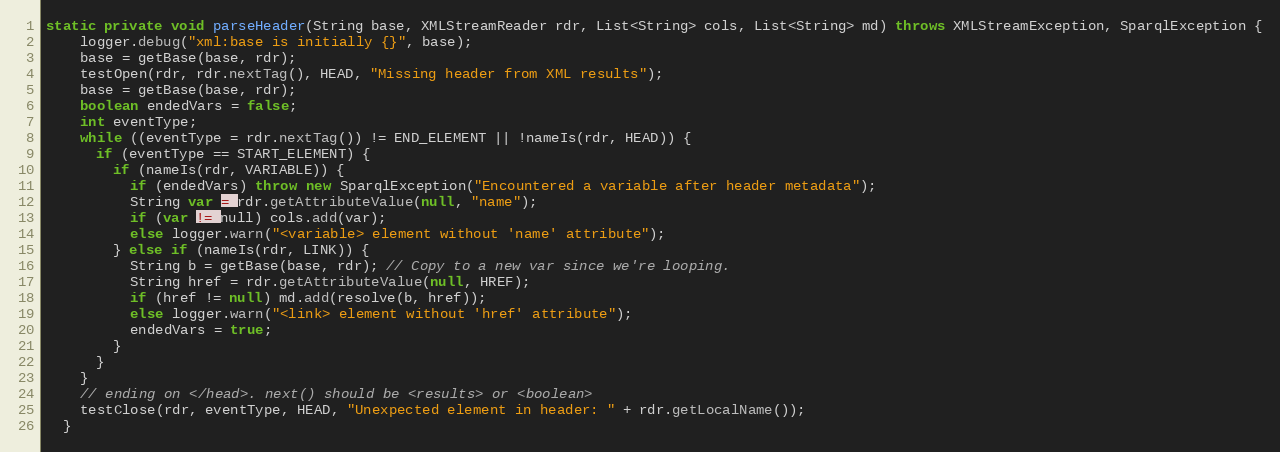
Language: Java
static private void parseHeader(String base, XMLStreamReader rdr, List<String> cols, List<String> md) throws XMLStreamException, SparqlException {
    logger.debug("xml:base is initially {}", base);
    base = getBase(base, rdr);
    testOpen(rdr, rdr.nextTag(), HEAD, "Missing header from XML results");
    base = getBase(base, rdr);
    boolean endedVars = false;
    int eventType;
    while ((eventType = rdr.nextTag()) != END_ELEMENT || !nameIs(rdr, HEAD)) {
      if (eventType == START_ELEMENT) {
        if (nameIs(rdr, VARIABLE)) {
          if (endedVars) throw new SparqlException("Encountered a variable after header metadata");
          String var = rdr.getAttributeValue(null, "name");
          if (var != null) cols.add(var);
          else logger.warn("<variable> element without 'name' attribute");
        } else if (nameIs(rdr, LINK)) {
          String b = getBase(base, rdr); // Copy to a new var since we're looping.
          String href = rdr.getAttributeValue(null, HREF);
          if (href != null) md.add(resolve(b, href));
          else logger.warn("<link> element without 'href' attribute");
          endedVars = true;
        }
      }
    }
    // ending on </head>. next() should be <results> or <boolean>
    testClose(rdr, eventType, HEAD, "Unexpected element in header: " + rdr.getLocalName());
  }